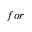
f o r